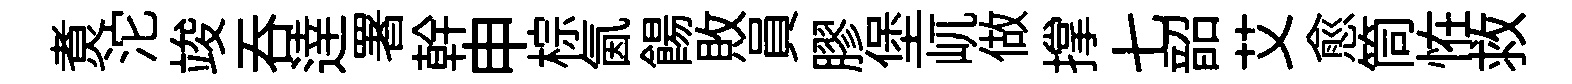
煑沱竣吞逹署幹申棕氤餳敗員膠堡屼做撑七韶艾愈筒恠救